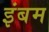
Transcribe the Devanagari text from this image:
इंबम